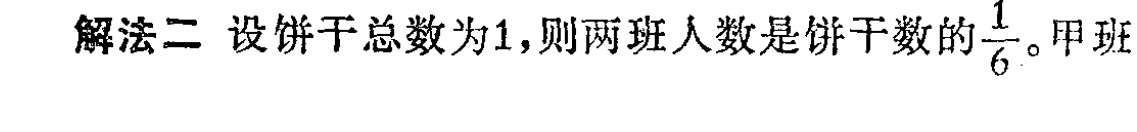
解法二 设饼干总数为1,则两班人数是饼干数的$\frac{1}{6}$。甲班